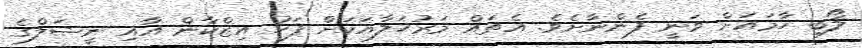
ލޯބި ހާމައަށް ވަނީ ފެންނާށެވެ. އެތައް މަރުހަލާއަކަށް ފަހު އިޒްކާން އާއި ނީޝަލްގެ